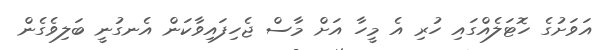
އަވަށުގެ ހޮޓަލެއްގައި ހުރި އެ މީހާ އަށް މާސް ޖެހިފައިވާކަން އެނގުނީ ބަލިވެގެން